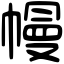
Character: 幔